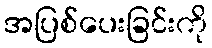
အပြစ်ပေးခြင်းကို